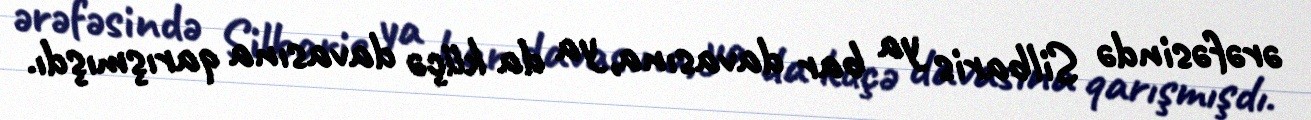
ərəfəsində Silbaris ya bar davasına, ya da küçə davasına qarışmışdı.